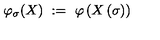
\varphi _ { \sigma } ( X ) \ : = \ \varphi \left( X \left( \sigma \right) \right)